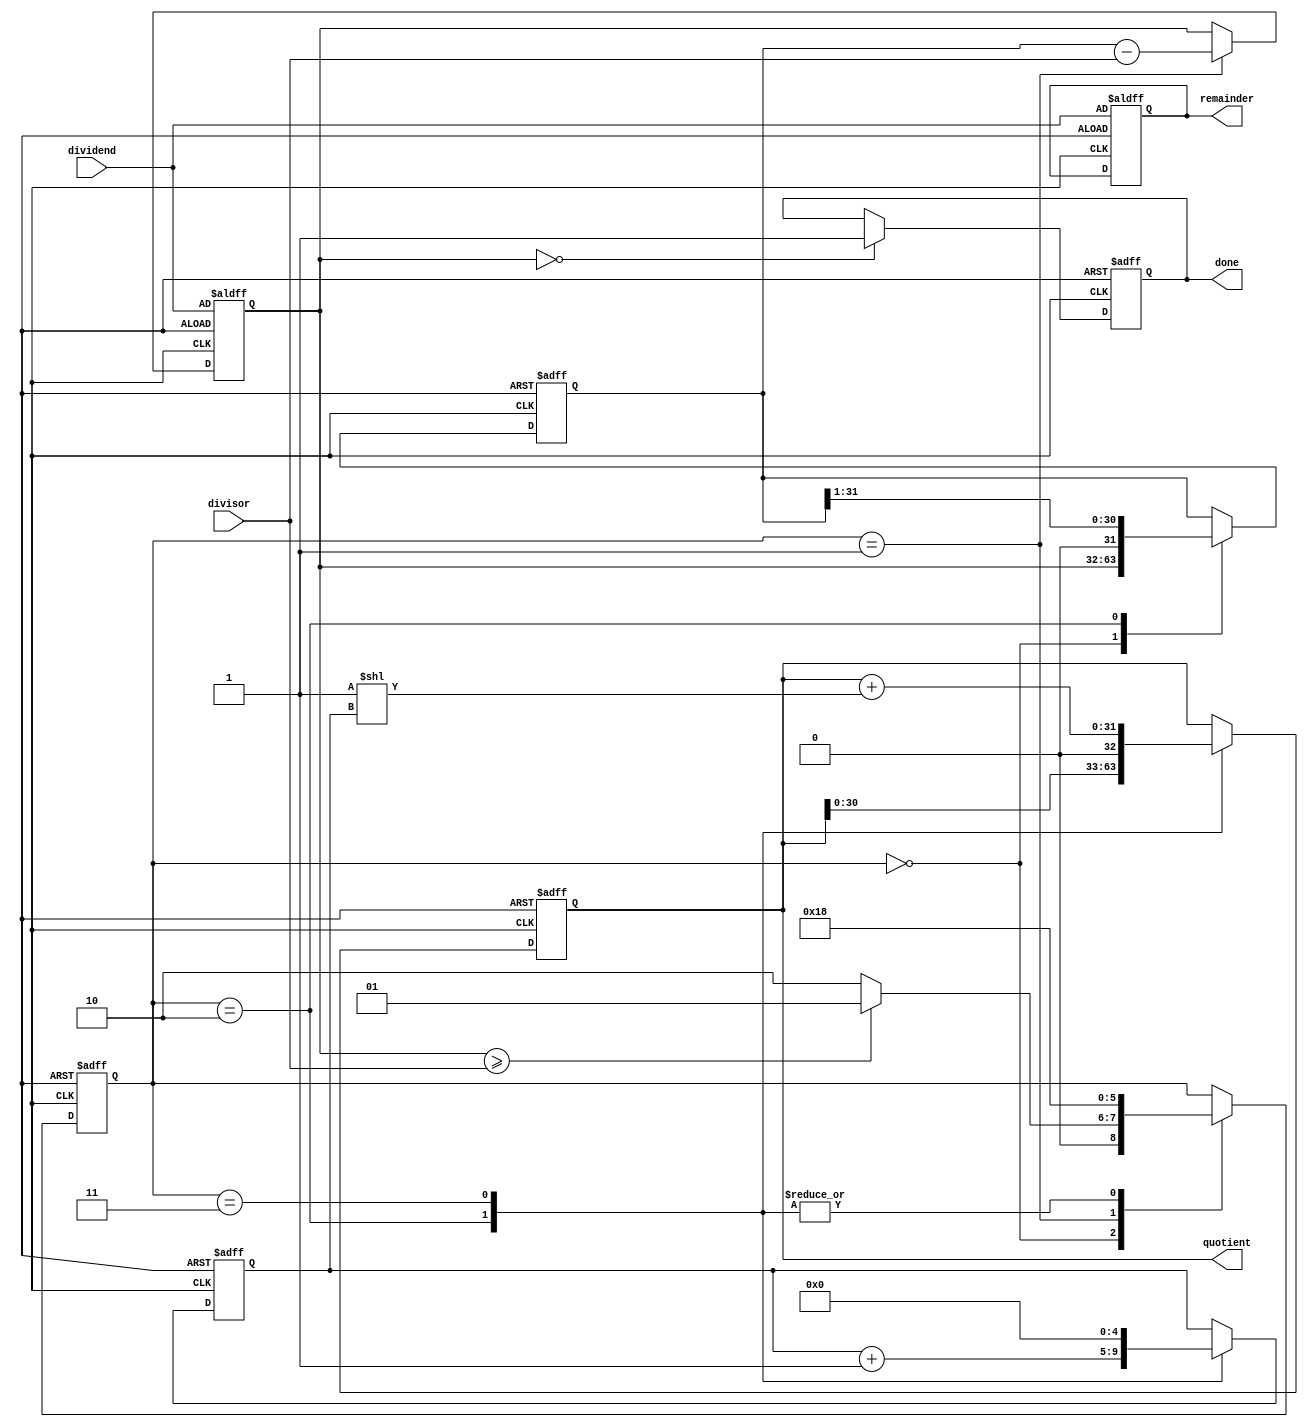
module radix2_srt_divider (
    input wire [31:0] dividend,
    input wire [31:0] divisor,
    output reg [31:0] quotient,
    output reg [31:0] remainder,
    output reg done
);

reg [31:0] temp_dividend;
reg [31:0] temp_remainder;
reg [4:0] count;
reg subtractor_en;
reg [2:0] state;

always @ (posedge clk or posedge rst) begin
    if (rst) begin
        temp_dividend <= 32'd0;
        temp_remainder <= dividend;
        quotient <= 32'd0;
        remainder <= dividend;
        count <= 5'd0;
        subtractor_en <= 1'b0;
        state <= 3'b000;
        done <= 1'b0;
    end else begin
        case(state)
            3'b000: begin // Initial state - compare dividend and divisor
                if (temp_remainder >= divisor) begin
                    temp_dividend <= temp_remainder;
                    state <= 3'b001;
                end else begin
                    temp_dividend <= temp_remainder;
                    state <= 3'b010;
                end
            end
            3'b001: begin // Subtract divisor from dividend
                temp_remainder <= temp_dividend - divisor;
                state <= 3'b011;
            end
            3'b010: begin // Shift right by 1
                temp_dividend <= temp_dividend >> 1;
                quotient <= quotient << 1;
                state <= 3'b000;
                count <= count + 5'd1;
            end
            3'b011: begin // Update quotient and remainder
                quotient <= quotient + (1 << count);
                count <= 5'd0;
                state <= 3'b000;
            end
        endcase
        if (temp_remainder == 32'd0) begin
            done <= 1'b1;
        end
    end
end

endmodule